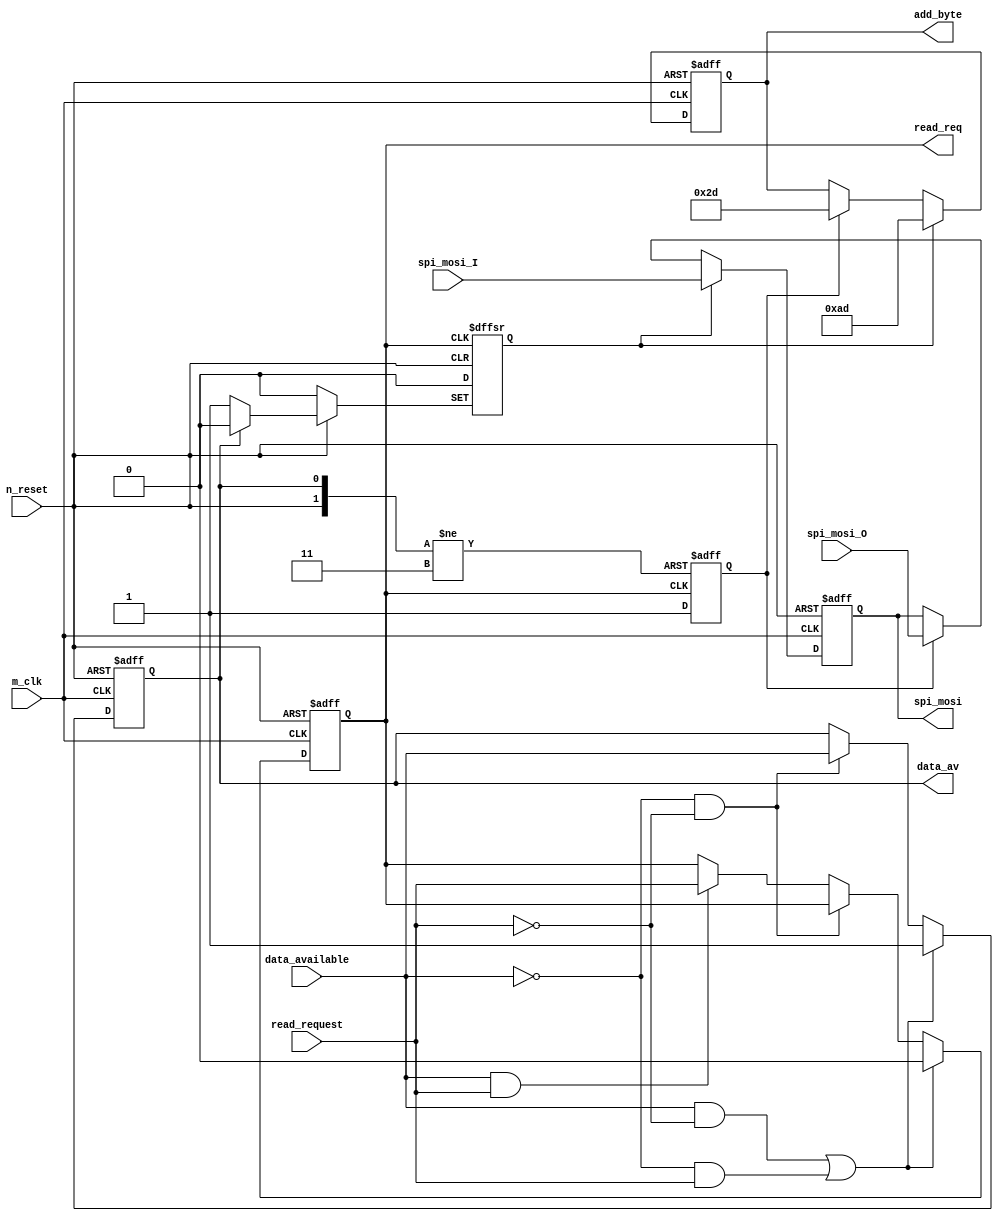

`timescale 1 ns / 1 ps
module control_unit(spi_mosi,data_av,read_req,add_byte,read_request,data_available,m_clk,n_reset,spi_mosi_I,spi_mosi_O);
output spi_mosi;
output data_av;
output read_req;
output[0:7] add_byte;
input read_request,data_available,m_clk,n_reset ;
input spi_mosi_I,spi_mosi_O;

reg [0:7] add_byte;
reg data_av,read_req;
reg write_en,read_en;
reg spi_mosi;
always @(posedge m_clk or negedge n_reset )
		if (!n_reset ) begin
			data_av<=1;
			read_req<=0;
			
		end		   
		else begin
			 if (data_available  &&  !read_request  ||  !data_available && read_request ) begin
				data_av<=1;
				read_req<=0;
				
			end
			else if (!data_available && !read_request) begin
				data_av<=data_available;
				
				
			end
			else if (data_available && read_request) begin            
				read_req<=read_request;
				
				
			end
         	end

always @(negedge data_av or posedge read_req or negedge n_reset)

 if (!n_reset) begin
        write_en<=0;
		read_en<=0;
end


else if (!data_av) begin

                   write_en<=1;
				   read_en<=0;
				   end
				   
else if (read_req) begin
                      write_en<=0;
					  read_en<=1;
					  end
					  
					  
 always @(posedge m_clk or negedge n_reset )

if(!n_reset) begin
                     add_byte<=0;
                   spi_mosi<=0;
		           end
else if(write_en==1) begin
                           add_byte<=8'b10101101;
                          spi_mosi<=spi_mosi_I;
                        end    
else if (read_en==1)begin
                          spi_mosi<=spi_mosi_O ;
                           add_byte<=8'd45;
                        end  
						
				




endmodule